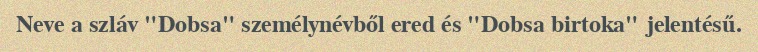
Neve a szláv "Dobsa" személynévből ered és "Dobsa birtoka" jelentésű.